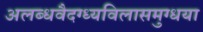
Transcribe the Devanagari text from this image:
अलब्धवैदग्ध्यविलासमुग्धया